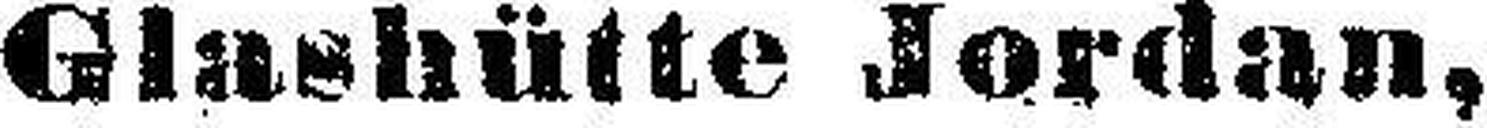
Glashütte Jordan,